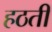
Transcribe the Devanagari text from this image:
हठती